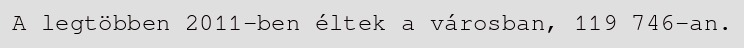
A legtöbben 2011-ben éltek a városban, 119 746-an.